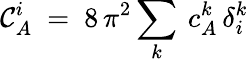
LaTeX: \mathcal{C}_{A}^{i}\ =\ 8\, \pi^{2}\sum_{k}\: c_{A}^{k}\, \delta_{i}^{k}